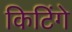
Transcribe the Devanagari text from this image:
किटिंगे